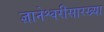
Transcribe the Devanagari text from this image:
ज्ञानेश्वरीसारख्या